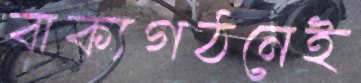
বাক্যগঠনেই